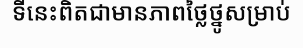
ទីនេះពិតជាមានភាពថ្លៃថ្នូសម្រាប់